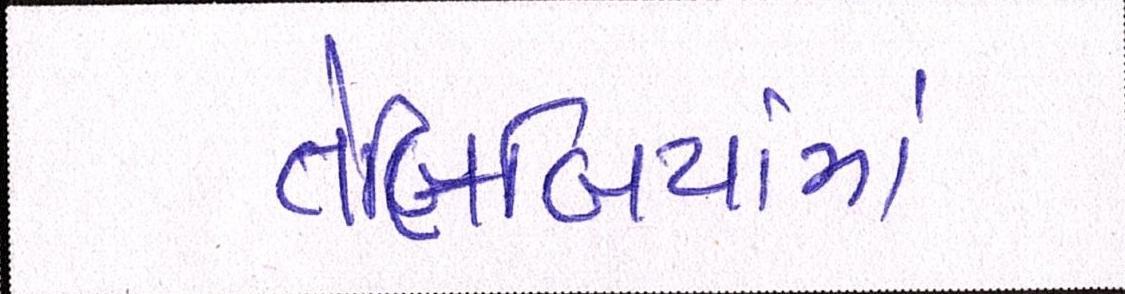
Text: તેલિબિયાંમાં